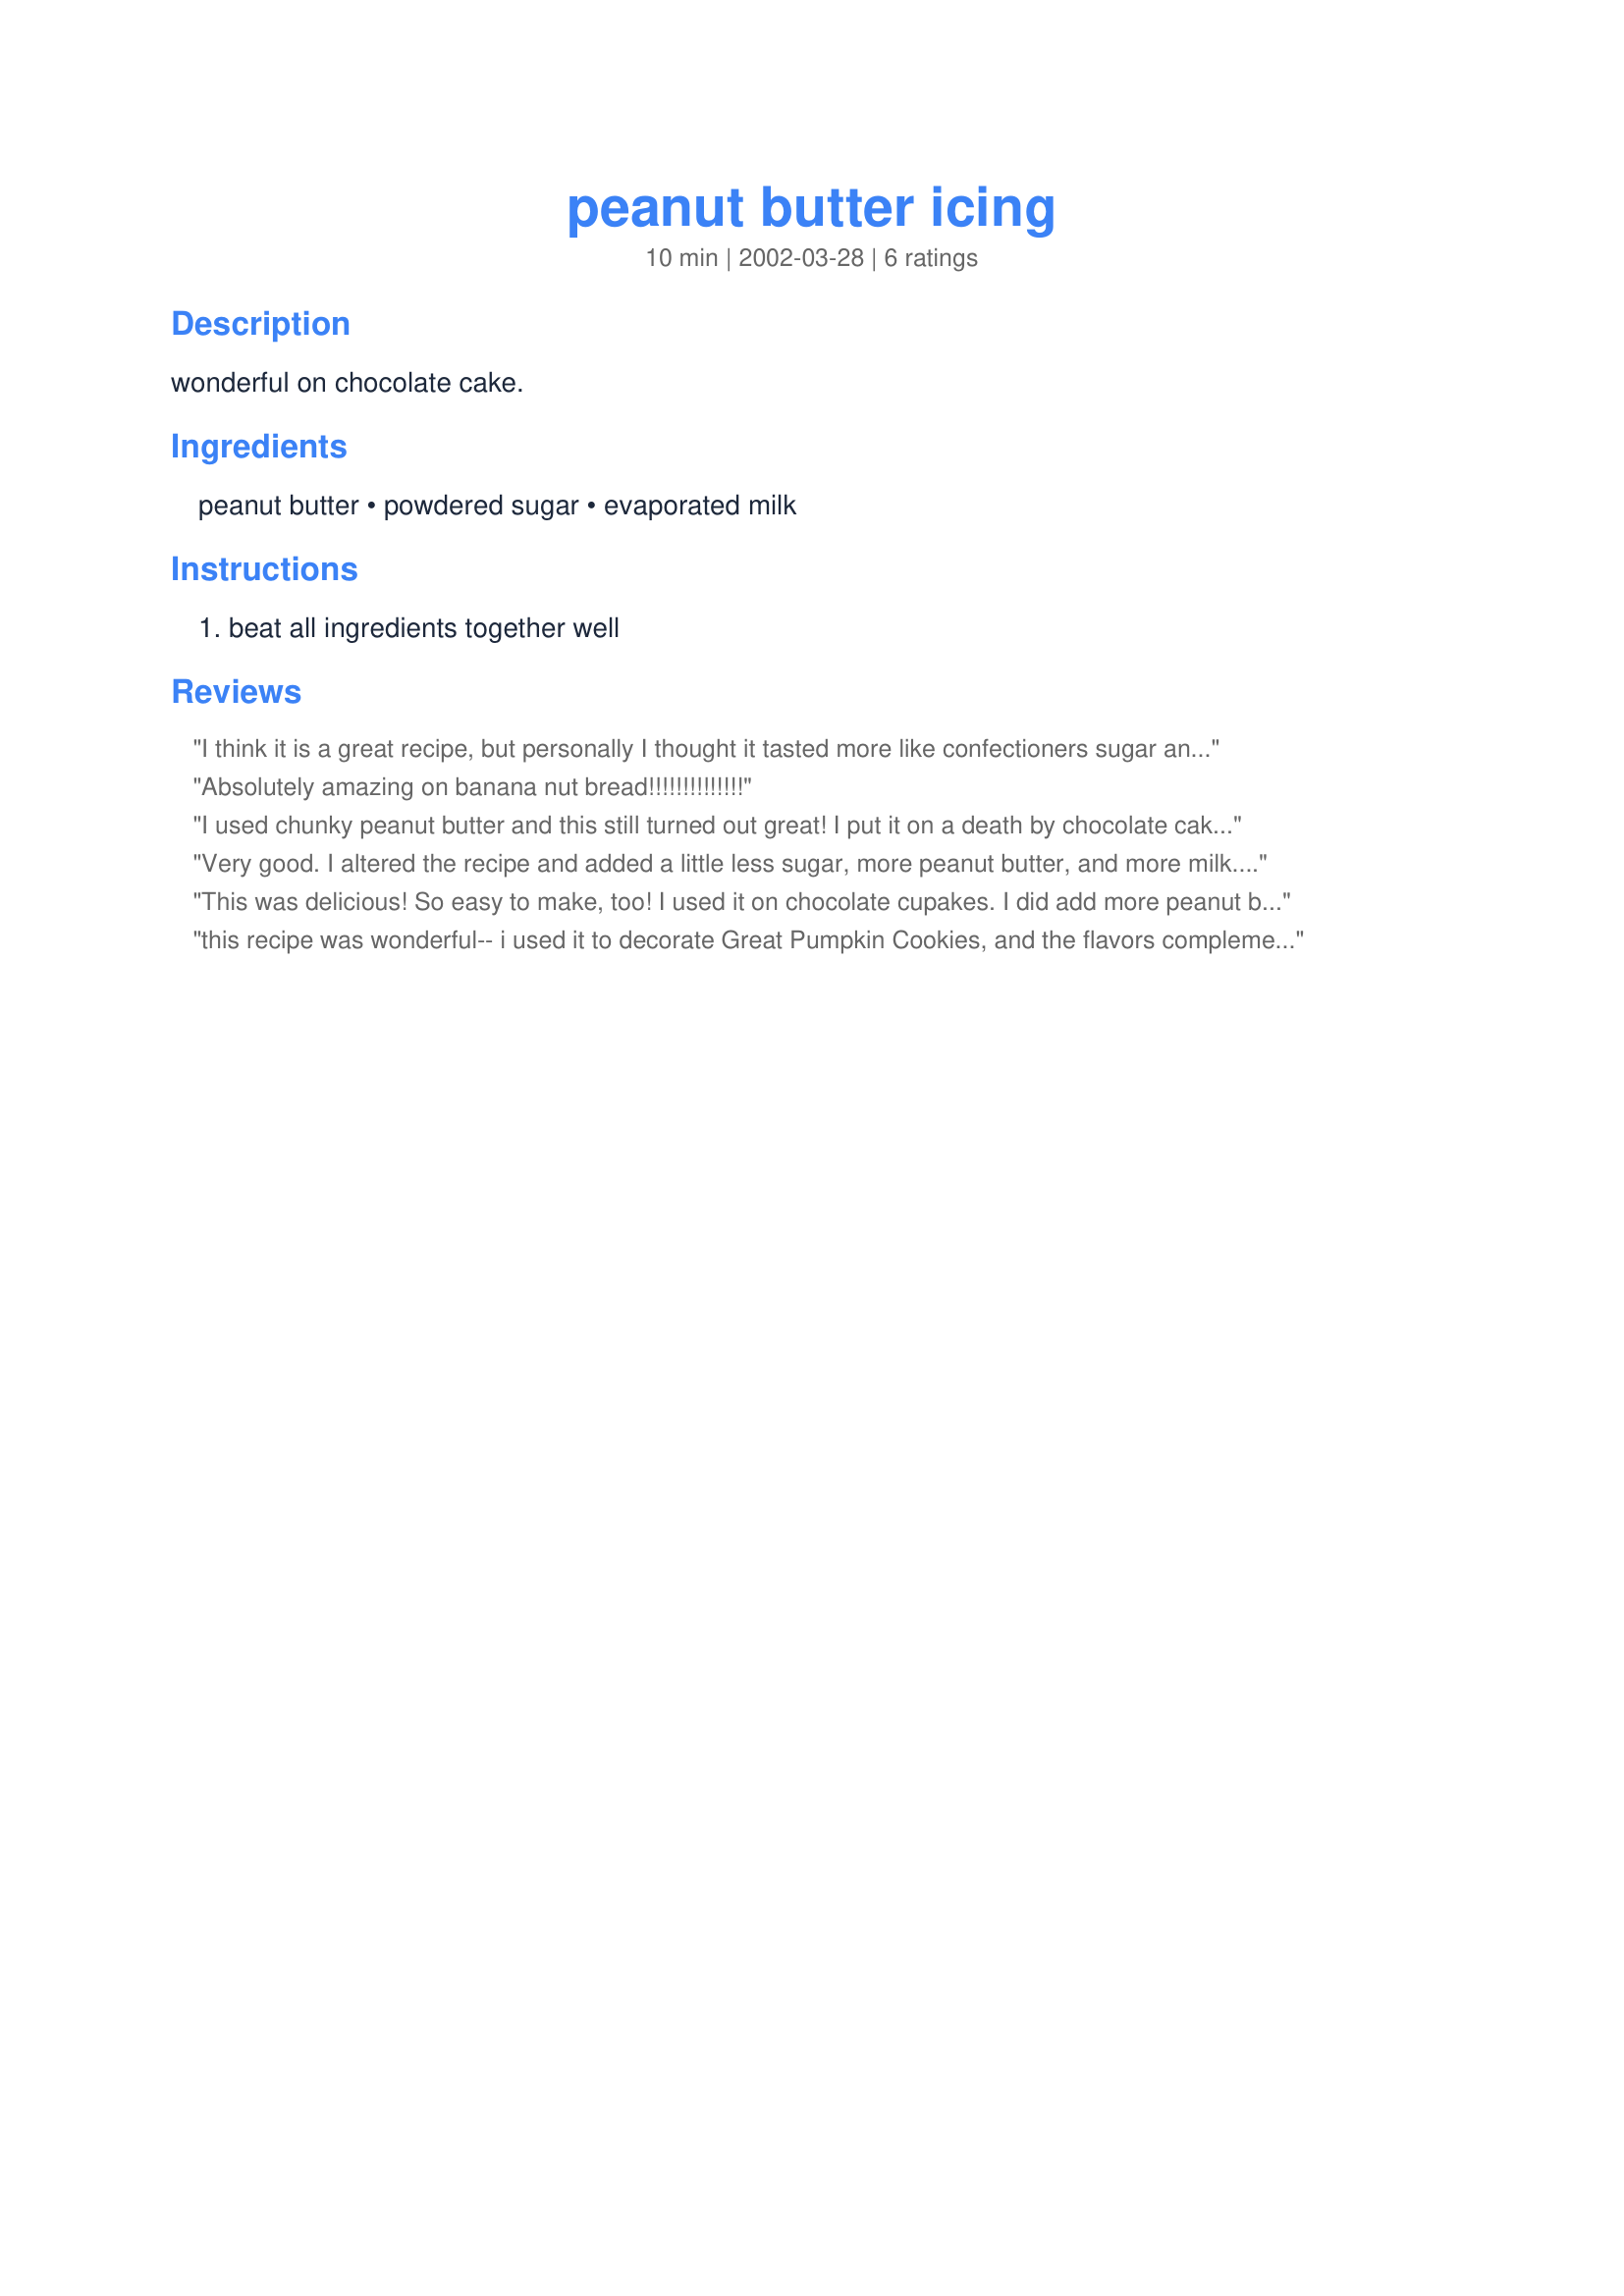
peanut butter icing
Preparation time: 10 minutes

wonderful on chocolate cake.

Ingredients:
peanut butter, powdered sugar, evaporated milk

Steps:
beat all ingredients together well

Reviews:
I think it is a great recipe, but personally I thought it tasted more like confectioners sugar and less like peanut butter... I ended up using more evaporated milk and peanut butter for my icing.
Absolutely amazing on banana nut bread!!!!!!!!!!!!!!
I used chunky peanut butter and this still turned out great! I put it on a death by chocolate cake. Reeses doesnt have a prayer anymore when the men in my family want chocolate and peanut butter. Great fix! thanks
Very good. I altered the recipe and added a little less sugar, more peanut butter, and more milk. It made a nice peanuty, creamy icing for cupcakes.
This was delicious! So easy to make, too! I used it on chocolate cupakes. I did add more peanut butter.
this recipe was wonderful-- i used it to decorate Great Pumpkin Cookies, and the flavors complemented one another perfectly. can't wait to try this on some chocolate desserts!
